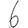
Digit: 6